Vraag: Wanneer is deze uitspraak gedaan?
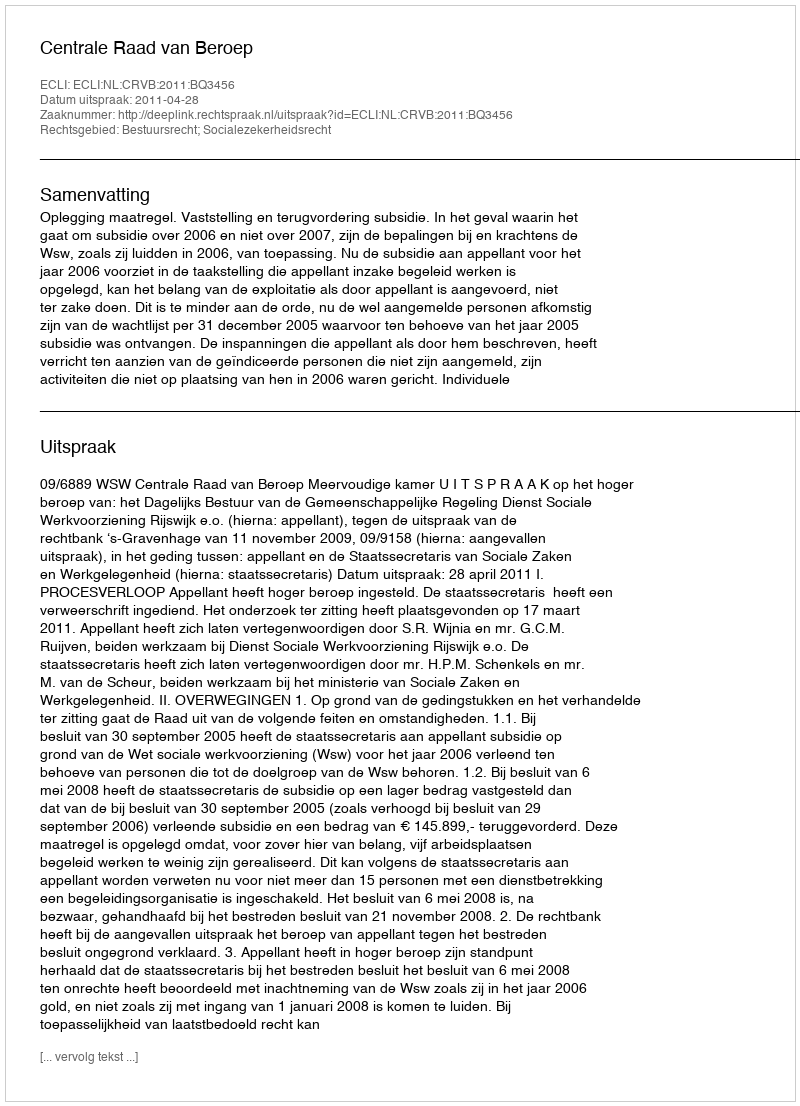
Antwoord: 2011-04-28